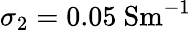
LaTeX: \sigma_{2}=0.05~\mathrm{{Sm^{-1}}}